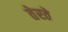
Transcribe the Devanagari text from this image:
तेरते